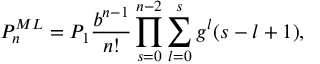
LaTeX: P _ { n } ^ { M L } = P _ { 1 } \frac { b ^ { n - 1 } } { n ! } \prod _ { s = 0 } ^ { n - 2 } \sum _ { l = 0 } ^ { s } g ^ { l } ( s - l + 1 ) ,